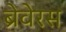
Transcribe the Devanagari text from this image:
ब्रेवेरस